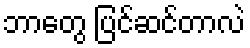
ဘာတွေ ပြင်ဆင်တာလဲ